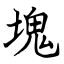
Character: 塊